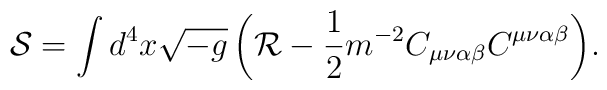
\mathcal{S} = \int{d^{4}x\sqrt{-g}\left(\mathcal{R}-\frac{1}{2}m^{-2} C_{\mu\nu\alpha\beta} C^{\mu\nu\alpha\beta}\right)}.